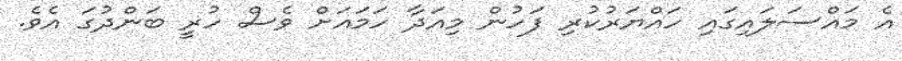
އެ މައްސަލައިގައި ހައްޔަރުކުރި ފަހުން މިއަދާ ހަމައަށް ވެސް ހުރީ ބަންދުގަ އެވެ.